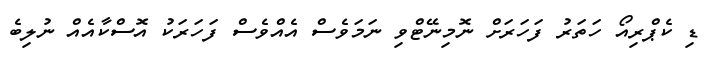
ޑި ކެޕްރިއޯ ހަތަރު ފަހަރަށް ނޮމިނޭޓްވި ނަމަވެސް އެއްވެސް ފަހަރަކު އޮސްކާއެއް ނުލިބެ